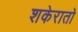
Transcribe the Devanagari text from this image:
शकेरातो